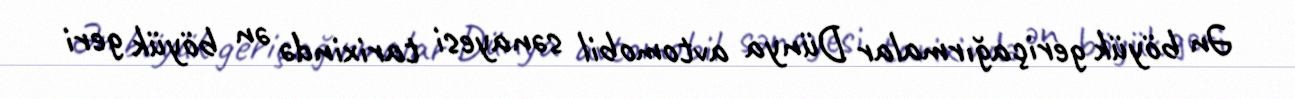
Ən böyük geriçağırmalar Dünya avtomobil sənayesi tarixində ən böyük geri